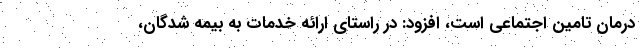
درمان تامین اجتماعی است، افزود: در راستای ارائه خدمات به بیمه شدگان،